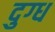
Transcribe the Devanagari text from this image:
दुग्‍ध